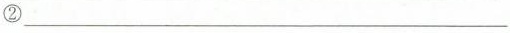
②___